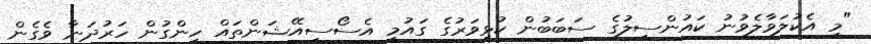
"މި އެކުލަވާލެވުނު ކައުންސިލުގެ ސަބަބުން ކުޅިވަރުގެ ގައުމީ އެސޯސިއޭޝަންތައް ހިންގުން ހަރުދަނާ ވެގެން